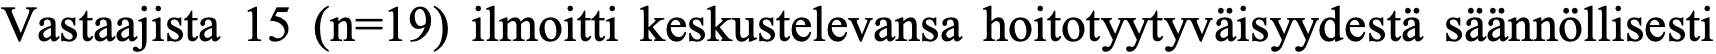
Vastaajista 15 (n=19) ilmoitti keskustelevansa hoitotyytyväisyydestä säännöllisesti